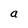
Character: a